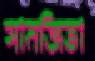
সানজিতা